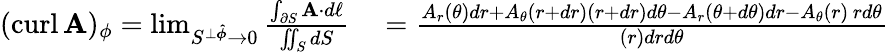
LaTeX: \begin{array}{rl}{(\operatorname{curl}\mathbf{A})_{\phi}=\operatorname*{lim}_{S^{\perp{\boldsymbol{\hat{\phi}}}}\to 0}{\frac{\int_{\partial S}\mathbf{A}\cdot d\mathbf{\ell}}{\iint_{S}dS}}}&{{}={\frac{A_{r}(\theta)dr+A_{\theta}(r+dr)(r+dr)d\theta-A_{r}(\theta+d\theta)dr-A_{\theta}(r)\, rd\theta}{(r)drd\theta}}}\end{array}